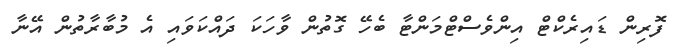
ފޮރިން ޑައިރެކްޓް އިންވެސްޓްމަންޓާ ބެހޭ ގޮތުން ވާހަކަ ދައްކަވައި އެ މުބާރާތުން އޭނާ